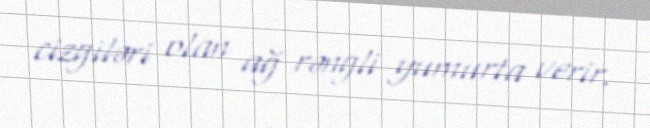
cizgiləri olan ağ rəngli yumurta verir.